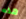
هذه